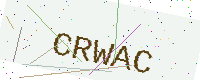
Text: CRWAC